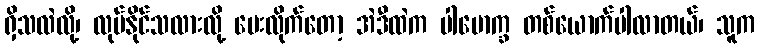
ရှိသလဲလို့၊ လုပ်နိုင်သလားလို့ မေးလိုက်တော့ အဲဒီထဲက ပါမောက္ခ တစ်ယောက်ပါလာတယ်၊ သူက